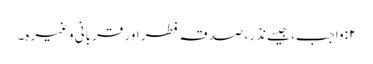
٢:واجب، جیسے نذر، صدقہ فطر اور قربانی وغیرہ۔